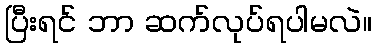
ပြီးရင် ဘာ ဆက်လုပ်ရပါမလဲ။